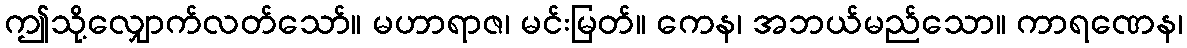
ဤသို့လျှောက်လတ်သော်။ မဟာရာဇ၊ မင်းမြတ်။ ကေန၊ အဘယ်မည်သော။ ကာရဏေန၊